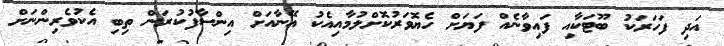
އަދި ފަހަރަކު ބޫޓަކާއި ފައިވާނެއް ފަޔަށް ހެޔޮވަރުކޮށްލުމާއިއެކު އޭނާއަށް އިންސާފުކުރަން ތިބި އެކުވެރިންނަށް